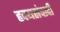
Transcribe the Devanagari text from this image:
हृदयसंवादी